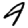
Digit: 4